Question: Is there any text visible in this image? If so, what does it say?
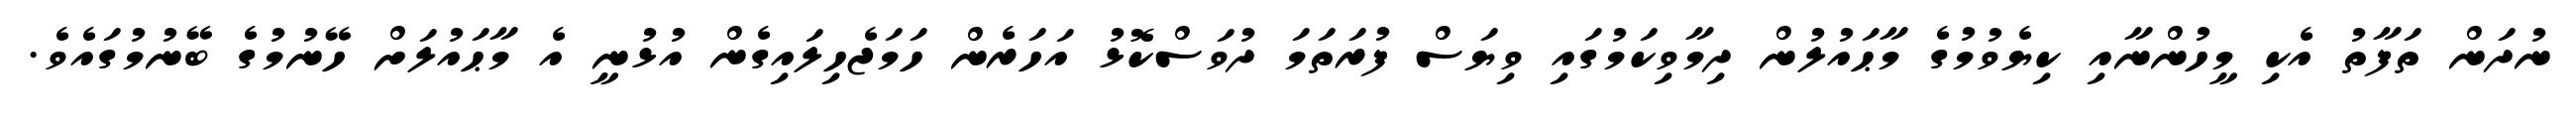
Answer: ނުދަން ތަފާތު އެކި މީހުންނާއި ކިޔެވުމުގެ މާޙައުލުން ދިމާވިކަމުގައި ވިޔަސް ފުރަތަމަ ދުވަސްކޮޅު އަހަރެން ހަމަޖެހިލައިގެން އުޅުނީ އެ މާޙައުލަށް ހޭނުމުގެ ބޭނުމުގައެވެ.